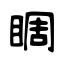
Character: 睭